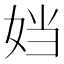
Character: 𫰠